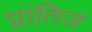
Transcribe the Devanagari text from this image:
प्रांतिज